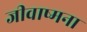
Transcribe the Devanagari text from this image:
जीवाष्मना